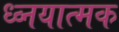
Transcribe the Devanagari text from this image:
ध्व्नयात्मक